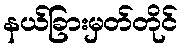
နယ်ခြားမှတ်တိုင်